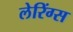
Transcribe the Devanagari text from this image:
लेरिंग्स